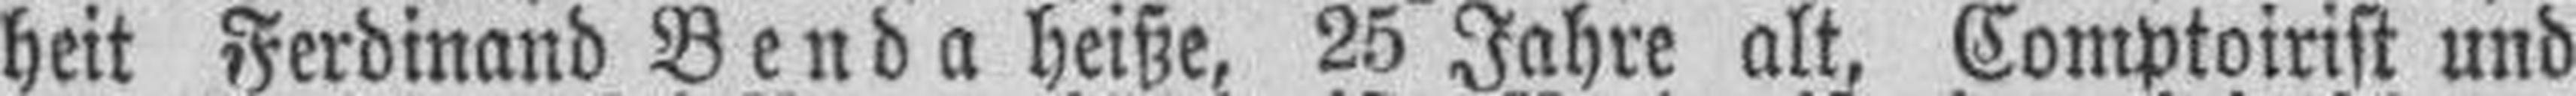
heit Ferdinand Benda heiße, 25 Jahre alt, Comptoirist und